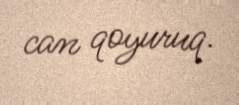
can qoyuruq.